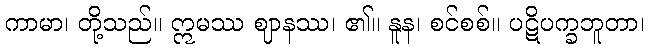
ကာမာ၊ တို့သည်။ ဣမဿ ဈာနဿ၊ ၏။ နူန၊ စင်စစ်။ ပဋိပက္ခဘူတာ၊